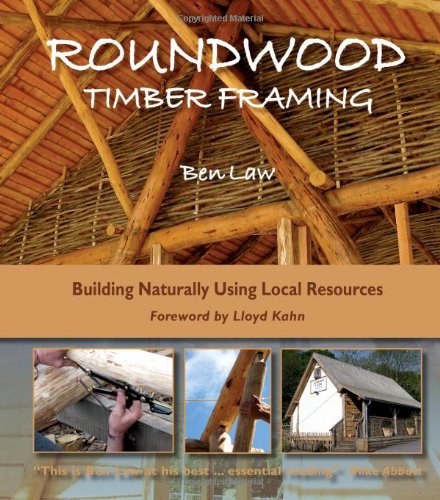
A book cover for Roundwood Timber Framing: Building Naturally Using Local Resources; Ben Law; Crafts, Hobbies & Home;